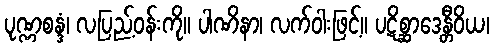
ပုဏ္ဏစန္ဒံ၊ လပြည့်ဝန်းကို။ ပါဏိနာ၊ လက်ဝါးဖြင့်။ ပဋိစ္ဆာဒေန္တီဝိယ၊